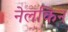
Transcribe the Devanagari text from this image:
नेलकिन